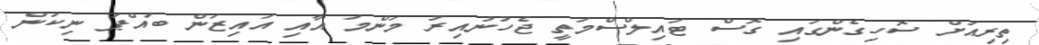
ތިރިއަށް ސޮހިގެންގައި ގޮސް ޓައިލްސްމަތީ ޖެހުނުއިރު މަންމަ އާއި އައިޒަން ބައްޕަ ނިކަން